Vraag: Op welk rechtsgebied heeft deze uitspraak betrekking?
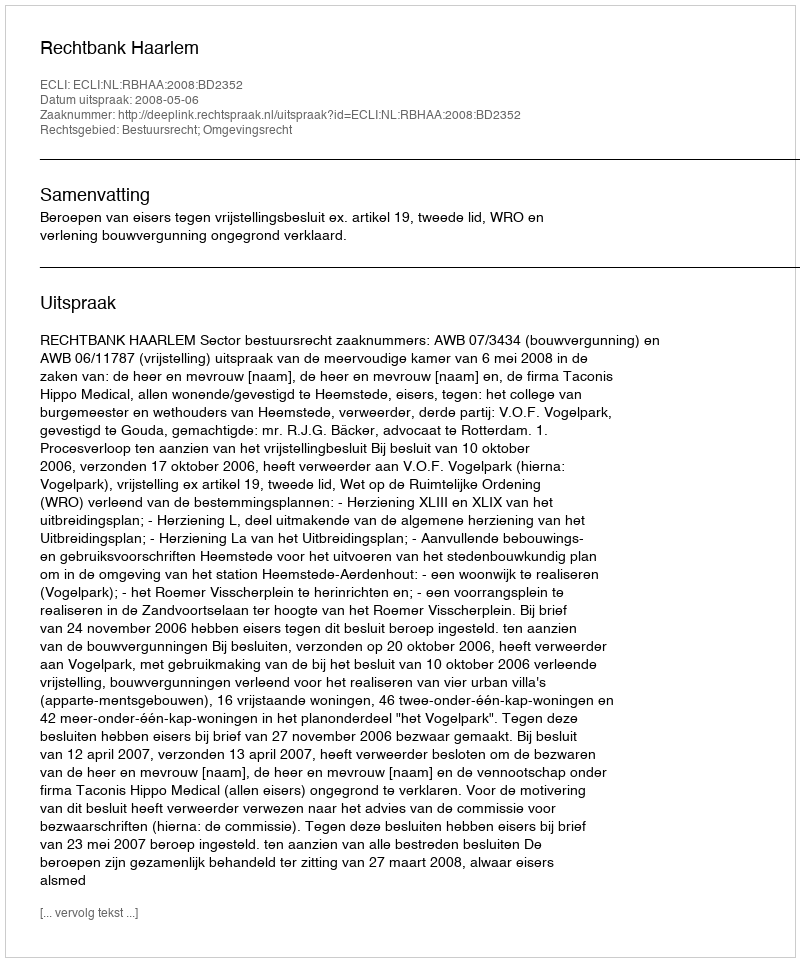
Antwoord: Bestuursrecht; Omgevingsrecht